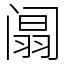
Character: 阘